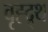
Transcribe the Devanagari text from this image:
वृह्द्र्थ